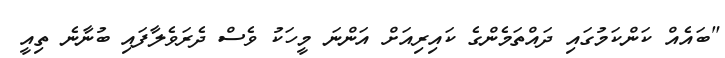
"ބައެއް ކަންކަމުގައި ދައްތަމެންގެ ކައިރިއަށް އަންނަ މީހަކު ވެސް ދެރަވެލާފައި ބުނާނެ ތިއީ